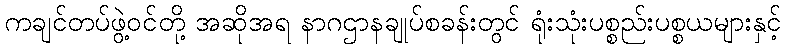
ကချင်တပ်ဖွဲ့ဝင်တို့ အဆိုအရ နာဂဌာနချုပ်စခန်းတွင် ရုံးသုံးပစ္စည်းပစ္စယများနှင့်